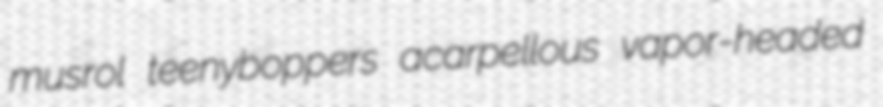
musrol teenyboppers acarpellous vapor-headed